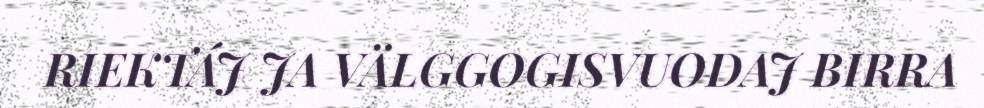
RIEKTÁJ JA VÄLGGOGISVUODAJ BIRRA